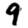
Digit: 9